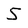
Character: 5